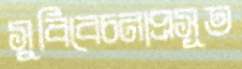
সুবিবেচনাপ্রসূত